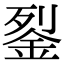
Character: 銐